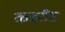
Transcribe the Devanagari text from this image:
कबरीस